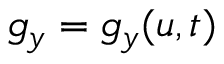
g _ { y } = g _ { y } ( u , t )